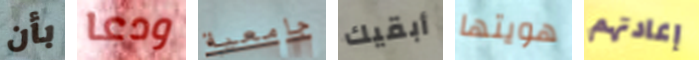
بأن ودعا جامعية أبقيك هويتها إعادتهم